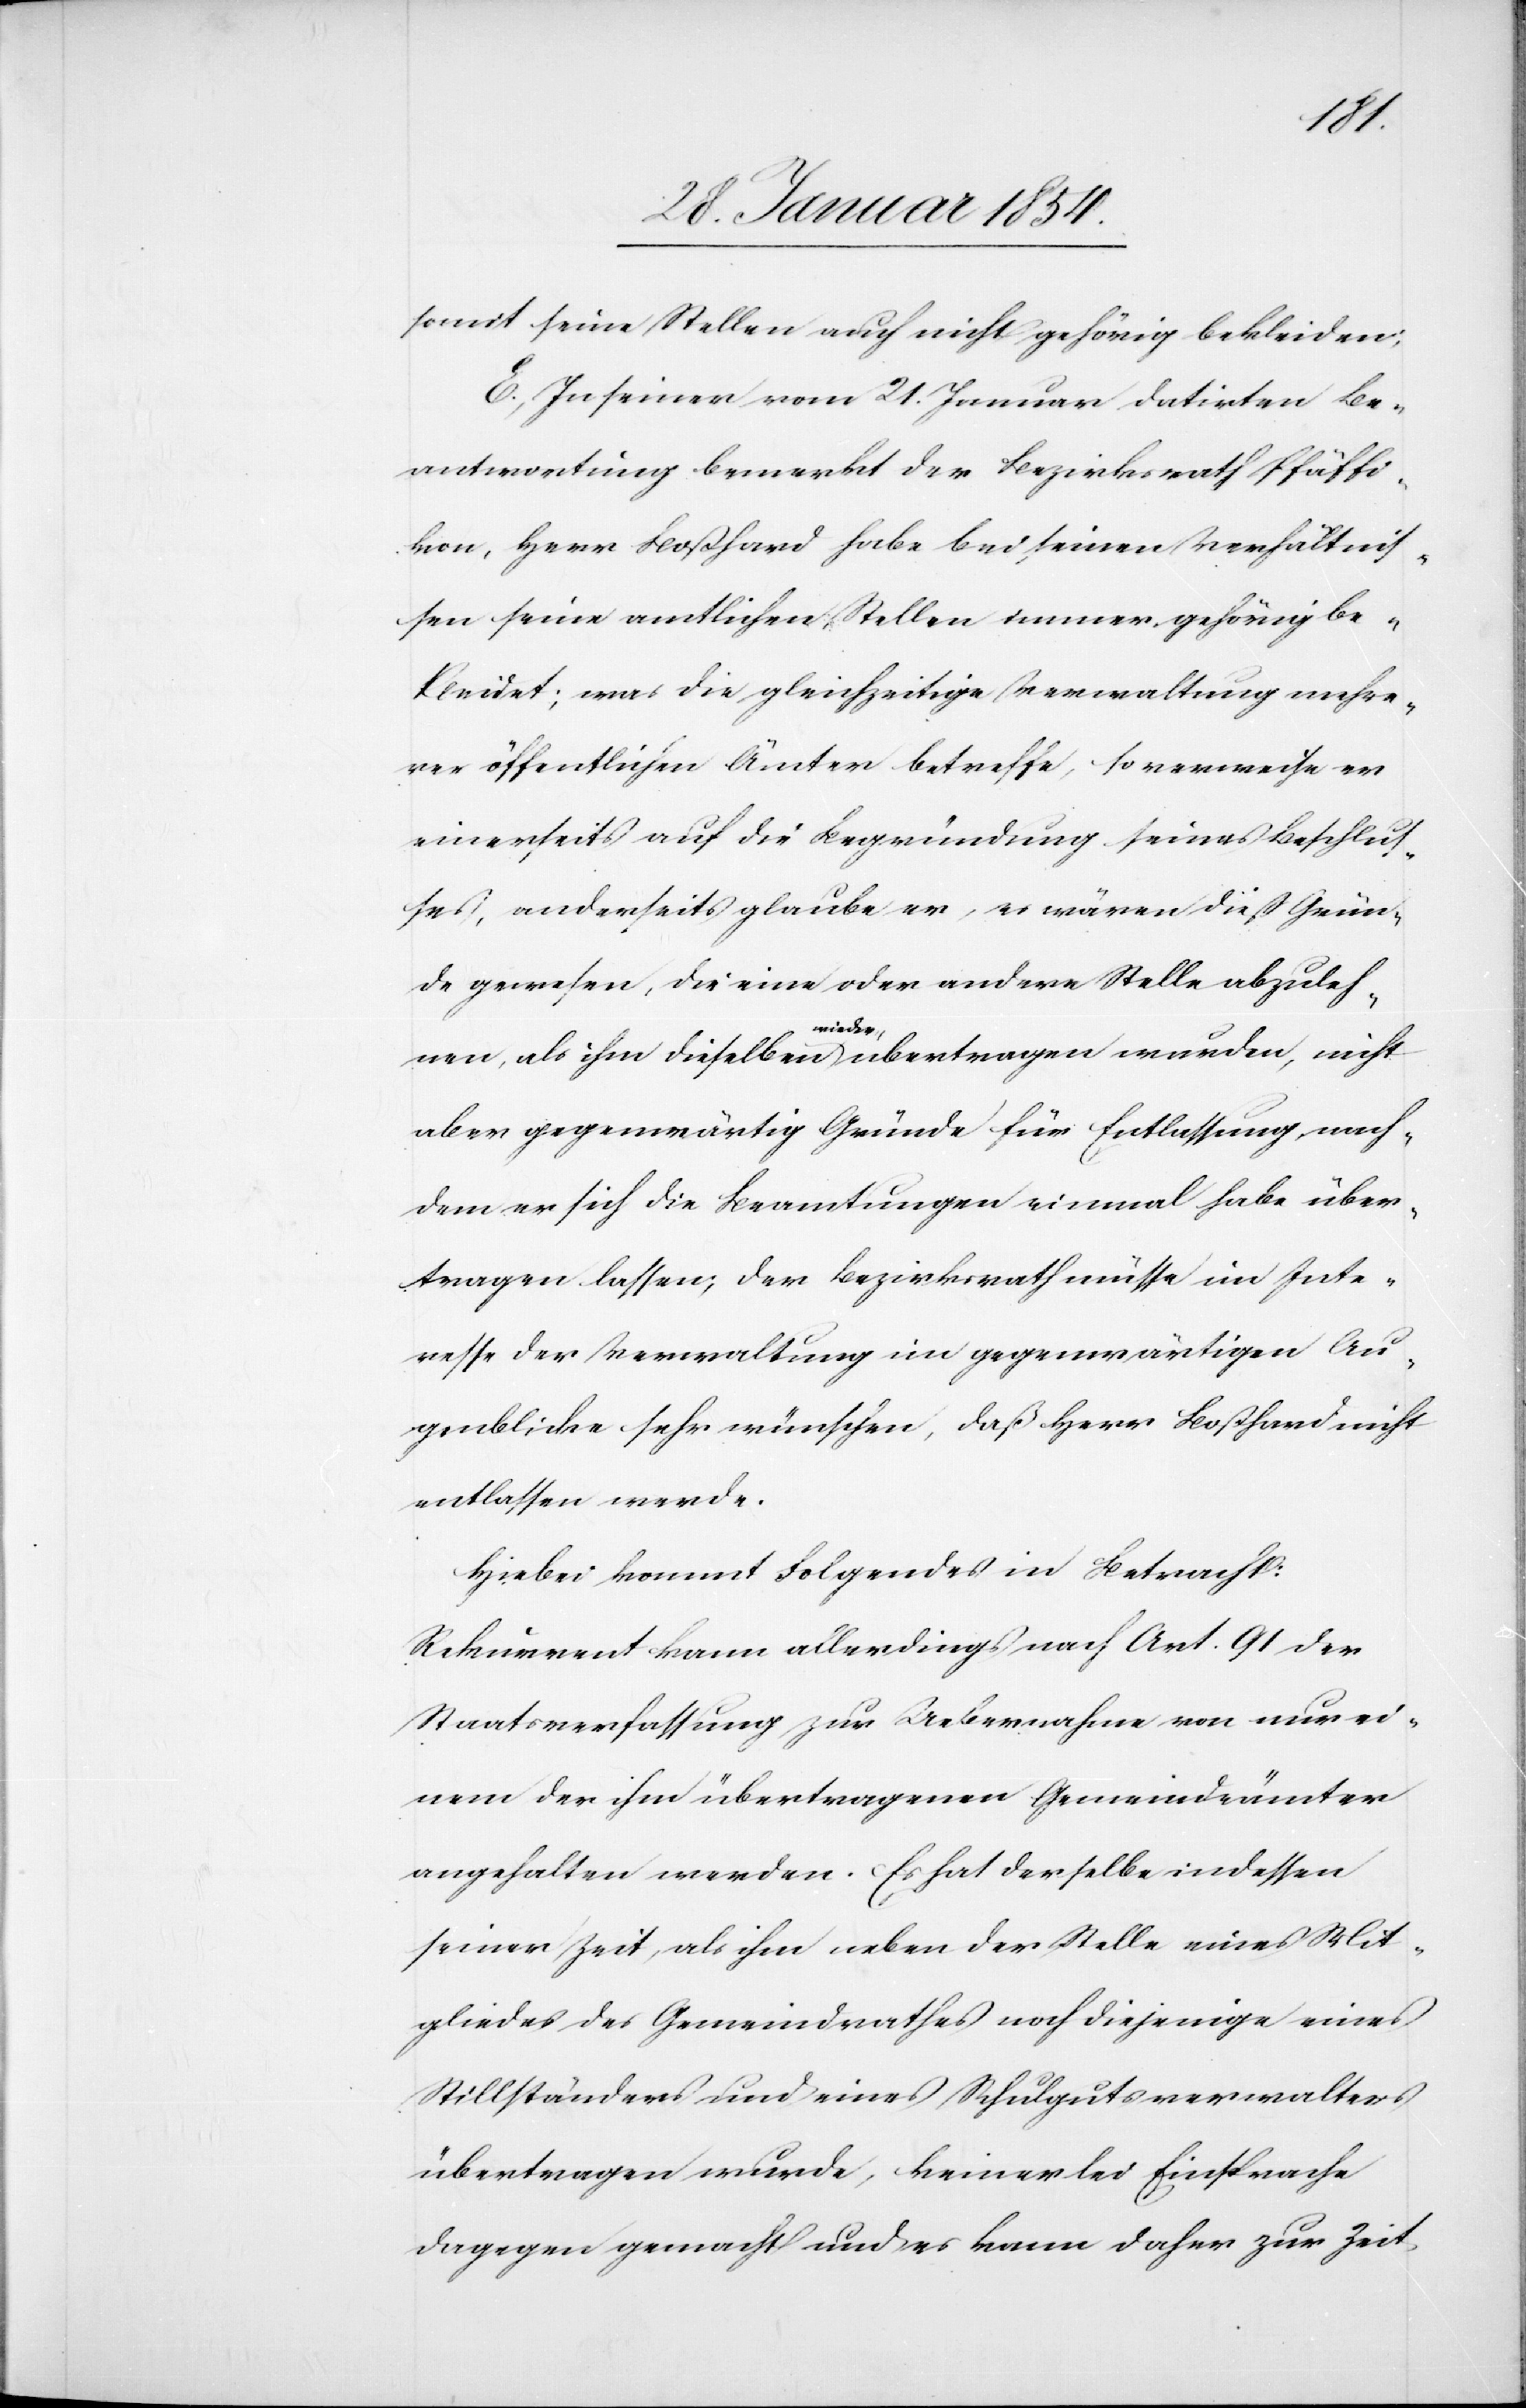
somit seine Stellen auch nicht gehörig bekleiden;
E. In seiner vom 21. Januar datirten Be¬
antwortung bemerkt der Bezirksrath Pfäffi¬
kon, Herr Boßhard habe bei seinen Verhältnis¬
sen seine amtlichen Stellen immer gehörig be¬
kleidet; was die gleichzeitige Verwaltung mehre¬
rer öffentlichen Ämter betreffe, so verweise er
einerseits auf die Begründung seines Beschlus¬
ses, anderseits glaube er, es wären dies Grün¬
de gewesen, die eine oder andere Stelle abzuleh¬
nen, als ihm dieselben a-wieder-a übertragen wurden, nicht
aber gegenwärtig Gründe für Entlassung, nach¬
dem er sich die Beamtungen einmal habe über¬
tragen lassen; der Bezirksrath müsse im Inte¬
resse der Verwaltung im gegenwärtigen Au¬
genblicke sehr wünschen, daß Herr Boßhard nicht
entlassen werde.
Hiebei kommt Folgendes in Betracht:
Rekurrent kann allerdings nach Art. 91 der
Staatsverfassung zur Uebernahme von nur ei¬
nem der ihm übertragenen Gemeindsämter
angehalten werden. Es hat derselbe indessen
seiner Zeit, als ihm neben der Stelle eines Mit¬
gliedes des Gemeindrathes noch diejenige eines
Stillständers und eines Schulgutsverwalters
übertragen wurde, keinerlei Einsprache
dagegen gemacht und es kann daher zur Zeit